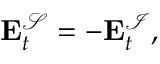
\begin{array} { r } { \mathbf { E } _ { t } ^ { \mathcal { S } } = - \mathbf { E } _ { t } ^ { \mathcal { I } } , } \end{array}